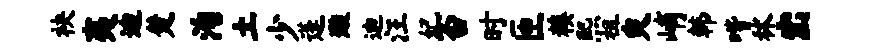
袂夷迪楚洵土少蓬璇迪汪妃否时匝糗熙祖臾峭韩喈秫出